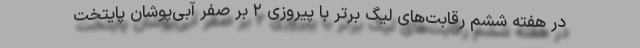
در هفته ششم رقابت‌های لیگ برتر با پیروزی ۲ بر صفر آبی‌پوشان پایتخت